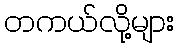
တကယ်လို့များ